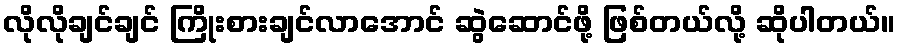
လိုလိုချင်ချင် ကြိုးစားချင်လာအောင် ဆွဲဆောင်ဖို့ ဖြစ်တယ်လို့ ဆိုပါတယ်။